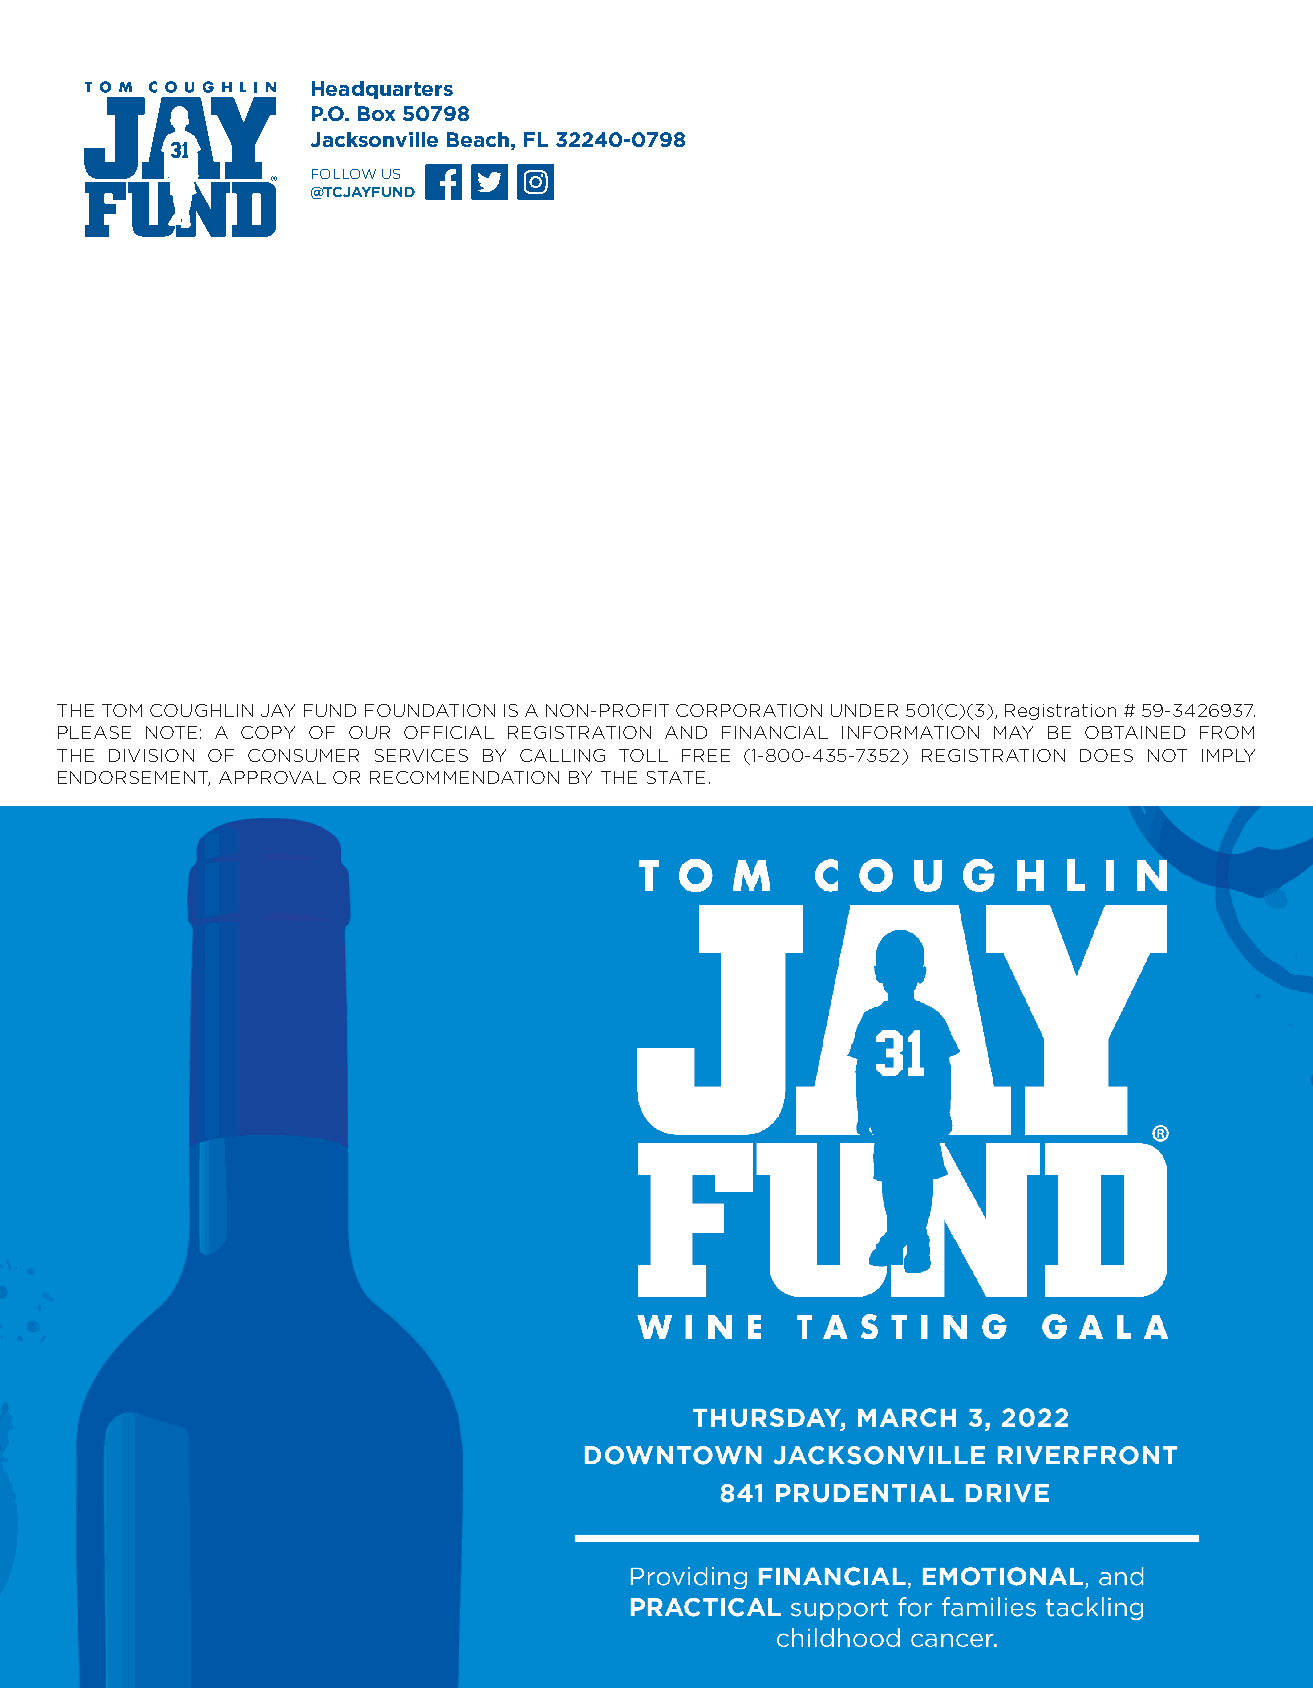
Headquarters
 P.O. Box 50798
 Jacksonville Beach, FL 32240-0798
 FOLLOW US
 @TCJAYFUND
 THE TOM COUGHLIN JAY FUND FOUNDATION IS A NON-PROFIT CORPORATION UNDER 501(C)(3), Registration # 59-3426937.
 PLEASE NOTE: A COPY OF OUR OFFICIAL REGISTRATION AND FINANCIAL INFORMATION MAY BE OBTAINED FROM
 THE DIVISION OF CONSUMER SERVICES BY CALLING TOLL FREE (1-800-435-7352) REGISTRATION DOES NOT IMPLY
 ENDORSEMENT, APPROVAL OR RECOMMENDATION BY THE STATE.